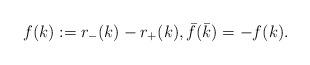
LaTeX: \begin{align*}f(k):=r_-(k)-r_+(k),\bar f(\bar k)=-f(k).\end{align*}